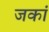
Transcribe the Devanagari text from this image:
जकां